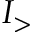
I _ { > }